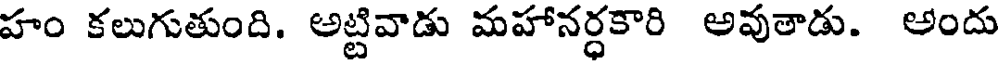
హం కలుగుతుంది. అట్టివాడు మహానర్ధకారి అవుతాడు. అందు